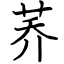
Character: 荞